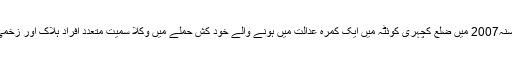
اس سے قبل سنہ2007 میں ضلع کچہری کوئٹہ میں ایک کمرہ عدالت میں ہونے والے خود کش حملے میں وکلا سمیت متعدد افراد ہلاک اور زخمی ہوئے تھے۔